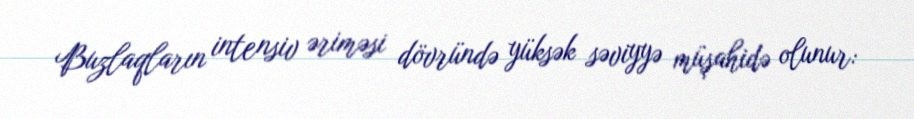
Buzlaqların intensiv əriməsi dövründə yüksək səviyyə müşahidə olunur: